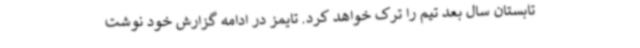
تابستان سال بعد تیم را ترک خواهد کرد. تایمز در ادامه گزارش خود نوشت